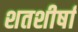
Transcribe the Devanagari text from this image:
शतशीर्षा